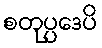
စတုပ္ပဒေပိ